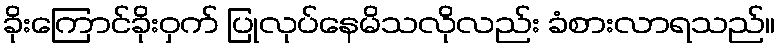
ခိုးကြောင်ခိုးဝှက် ပြုလုပ်နေမိသလိုလည်း ခံစားလာရသည်။